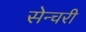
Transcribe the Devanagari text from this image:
सेन्चरी